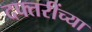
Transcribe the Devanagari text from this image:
दफ्तरींच्या